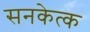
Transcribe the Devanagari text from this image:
सनकेत्क